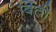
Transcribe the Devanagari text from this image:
बिंती